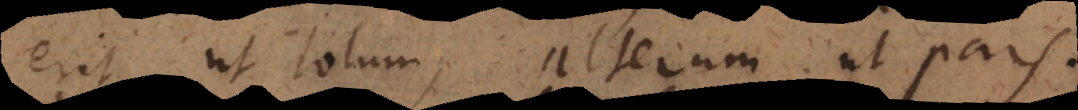
erit ut totum, alterum ut pars